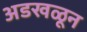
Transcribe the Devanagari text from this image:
अडखळून